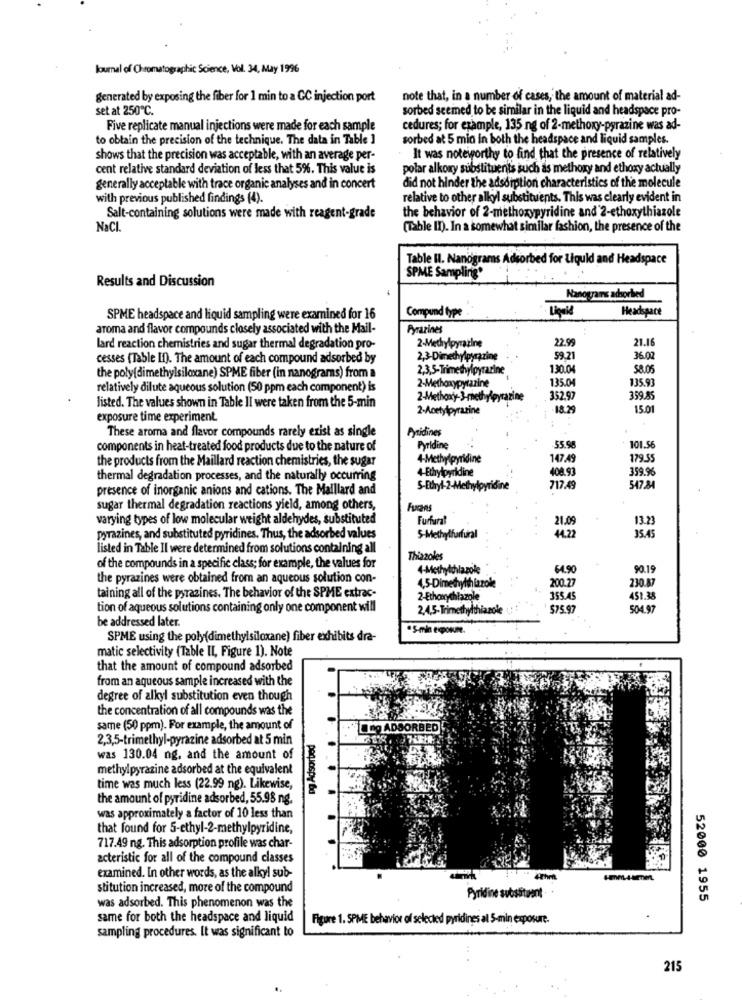
Journal of Chromatographic Science, Vol. 34, May 1996
generated by exposing the fiber for 1 min to a GC injection port
note that, in a number of cases, the amount of material ad-
set at 250℃.
sorbed seemed to be similar in the liquid and headspace pro-
Five replicate manual injections were made for each sample
cedures; for example, 135 ng of 2-methoxy-pyrazine was ad-
to obtain the precision of the technique. The data in Table ]
sorbed at 5 mio in both the headspace and liquid samples.
shows that the precision was acceptable, with an average per-
It was noteworthy to find that the presence of relatively
cent relative standard deviation of less that 5%. This value is
polar alkoxy substituents such as methoxy and ethoxy actually
did not hinder the adsorption characteristics of the molecule
generally acceptable with trace organic analyses and in concert
with previous published findings (4).
relative to other alkyl substituents. This was clearly evident in
Salt-containing solutions were made with reagent-grade
the behavior of 2-methoxypyridine and 2-ethoxythiazole
NaCl.
(Table II). In a somewhat similar fashion, the presence of the
Table II. Nanograms Adsorbed for Liquid and Headspace
Results and Discussion
SPME Sampling*
Nanograms adsorbed
Headspace
SPME headspace and liquid sampling were examined for 16
Compund type
aroma and flavor compounds closely associated with the Mail-
Pyrazines
2-Methylpyrazine
22.9
21.16
lard reaction chemistries and sugar thermal degradation pro-
cesses (Table In). The amount of each compound adsorbed by
2,3-Dimethylpyrazine
59.2
36.02
2,3,5-Trimethylpyrazine
130.04
58.06
the poly(dimethylsiloxane) SPME fiber (in nanograms) from a
135.04
135.93
relatively dilute aqueous solution (50 ppm each component) is
2-Methoxypyrazine
listed. The values shown in Table II were taken from the 5-min
2-Methoxy-3-methylpyrazine
352.97
359.85
2-Acetylpyrazine
-18.29
15.01
exposure time experiment.
Pyridines
These aroma and flavor compounds rarely exist as single
components in heat-treated food products due to the nature of
Pyridine
-55.98
101.56
the products from the Maillard reaction chemistries, the sugar
4-Methylpyridine
147.49
179.55
4-Ethylpyridine
408.93
359.96
thermal degradation processes, and the naturally occurring
presence of inorganic anions and cations. The Maillard and
S-Ettryl-2-Methylpyridine
717.49
547.84
sugar thermal degradation reactions yield, among others,
Fucns
varying types of low molecular weight aldehydes, substituted
21.0
13.23
44.22
35.45
pyrazines, and substituted pyridines. Thus, the adsorbed values
5-Methylharfural
listed in Table Il were determined from solutions containing all
Thiazoles
of the compounds in a specific class; for example, the values for
4-Methylchlazole
64.90
90.19
the pyrazines were obtained from an aqueous solution con-
200.27
230.87
taining all of the pyrazines. The behavior of the SPME extrac-
4,5-Dimethylhizzok
2-Ethoxychlazole
355.45
451.38
tion of aqueous solutions containing only one component will
2,4,5-Trimethylthiazole
$75.97
504.97
be addressed later.
"S-min exposure.
SPME using the poly(dimethylsiloxane) fiber exhibits dra-
matic selectivity (Table II, Figure 1). Note
that the amount of compound adsorbed
from an aqueous sample increased with the
degree of alkyl substitution even though
the concentration of all compounds was the
same (50 ppm). For example, the amount of
Lung ADSORBED
2,3,5-trimethyl-pyrazine adsorbed at 5 min
was 130.04 ng, and the amount of
methylpyrazine adsorbed at the equivalent
time was much less (22.99 ng). Likewise,
poquospy Ba
the amount of pyridine adsorbed, 55.98 ng.
was approximately a factor of 10 less than
that found for 5-ethyl-2-methylpyridine,
717.49 ng. This adsorption profile was char-
acteristic for all of the compound classes
examined. In other words, as the alkyl sub-
stitution increased, more of the compound
was adsorbed. This phenomenon was the
Pyridine substituent
52000 1955
same for both the headspace and liquid
Figure 1. SPME behavior of selected pyridines al 5-min exposure.
sampling procedures. It was significant to
215